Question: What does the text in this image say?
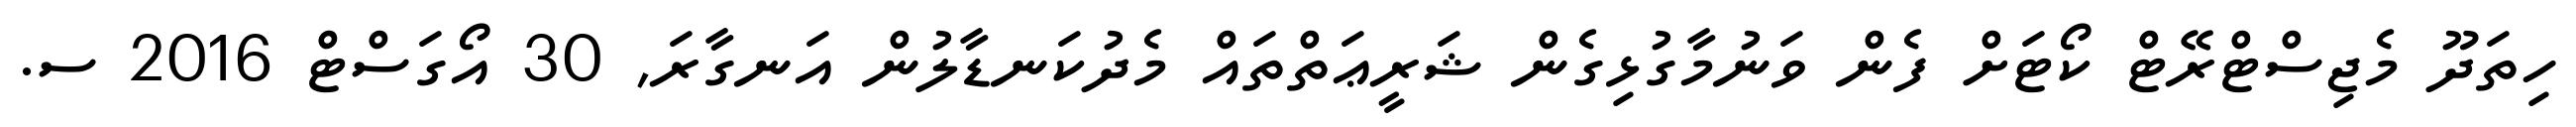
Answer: ހިތަދޫ މެޖިސްޓްރޭޓް ކޯޓަށް ފެން ވަނުމާގުޅިގެން ޝަރީޢަތްތައް މެދުކަނޑާލުން އަނގާރަ, 30 އޯގަސްޓް 2016 ސ.